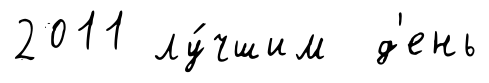
2011 лу́чшим д'ень